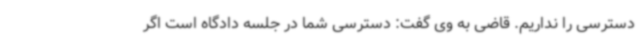
دسترسی را نداریم. قاضی به وی گفت: دسترسی شما در جلسه دادگاه است اگر